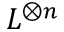
L ^ { \otimes n }